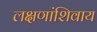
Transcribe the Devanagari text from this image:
लक्षणांशिवाय